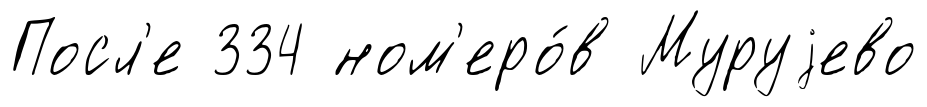
Посл'е 334 ном'еро́в Муруjево